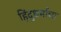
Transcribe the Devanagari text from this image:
हिंदुधर्माचा